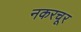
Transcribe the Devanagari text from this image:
नकरचूर